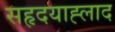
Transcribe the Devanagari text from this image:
सहृदयाह्लाद